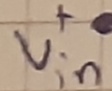
Text: +Vin